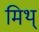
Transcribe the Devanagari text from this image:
मिथ्